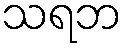
သရဘ